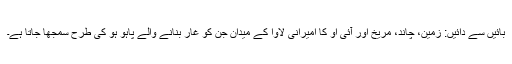
بائیں سے دائیں: زمین، چاند، مریخ اور آئی او کا امیرانی لاوا کے میدان جن کو غار بنانے والے پاہو ہو کی طرح سمجھا جاتا ہے۔